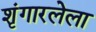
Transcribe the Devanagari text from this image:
शृंगारलेला